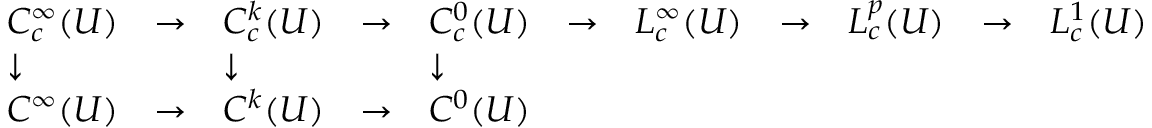
{ \begin{array} { l l l l l l l l l l l } { C _ { c } ^ { \infty } ( U ) } & { \to } & { C _ { c } ^ { k } ( U ) } & { \to } & { C _ { c } ^ { 0 } ( U ) } & { \to } & { L _ { c } ^ { \infty } ( U ) } & { \to } & { L _ { c } ^ { p } ( U ) } & { \to } & { L _ { c } ^ { 1 } ( U ) } \\ { \downarrow } & & { \downarrow } & & { \downarrow } \\ { C ^ { \infty } ( U ) } & { \to } & { C ^ { k } ( U ) } & { \to } & { C ^ { 0 } ( U ) } \\ { } \end{array} }